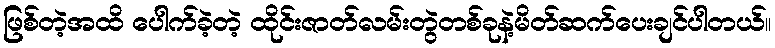
ဖြစ်တဲ့အထိ ပေါက်ခဲ့တဲ့ ထိုင်းဇာတ်လမ်းတွဲတစ်ခုနဲ့မိတ်ဆက်ပေးချင်ပါတယ်။